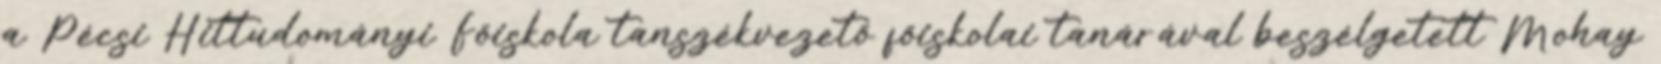
a Pécsi Hittudományi Főiskola tanszékvezető főiskolai tanárával beszélgetett Mohay